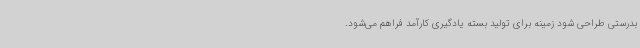
بدرستی طراحی شود زمینه برای تولید بسته یادگیری کارآمد فراهم می‌شود.